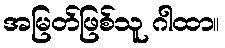
အမြတ်ဖြစ်သူ ဂါထာ။